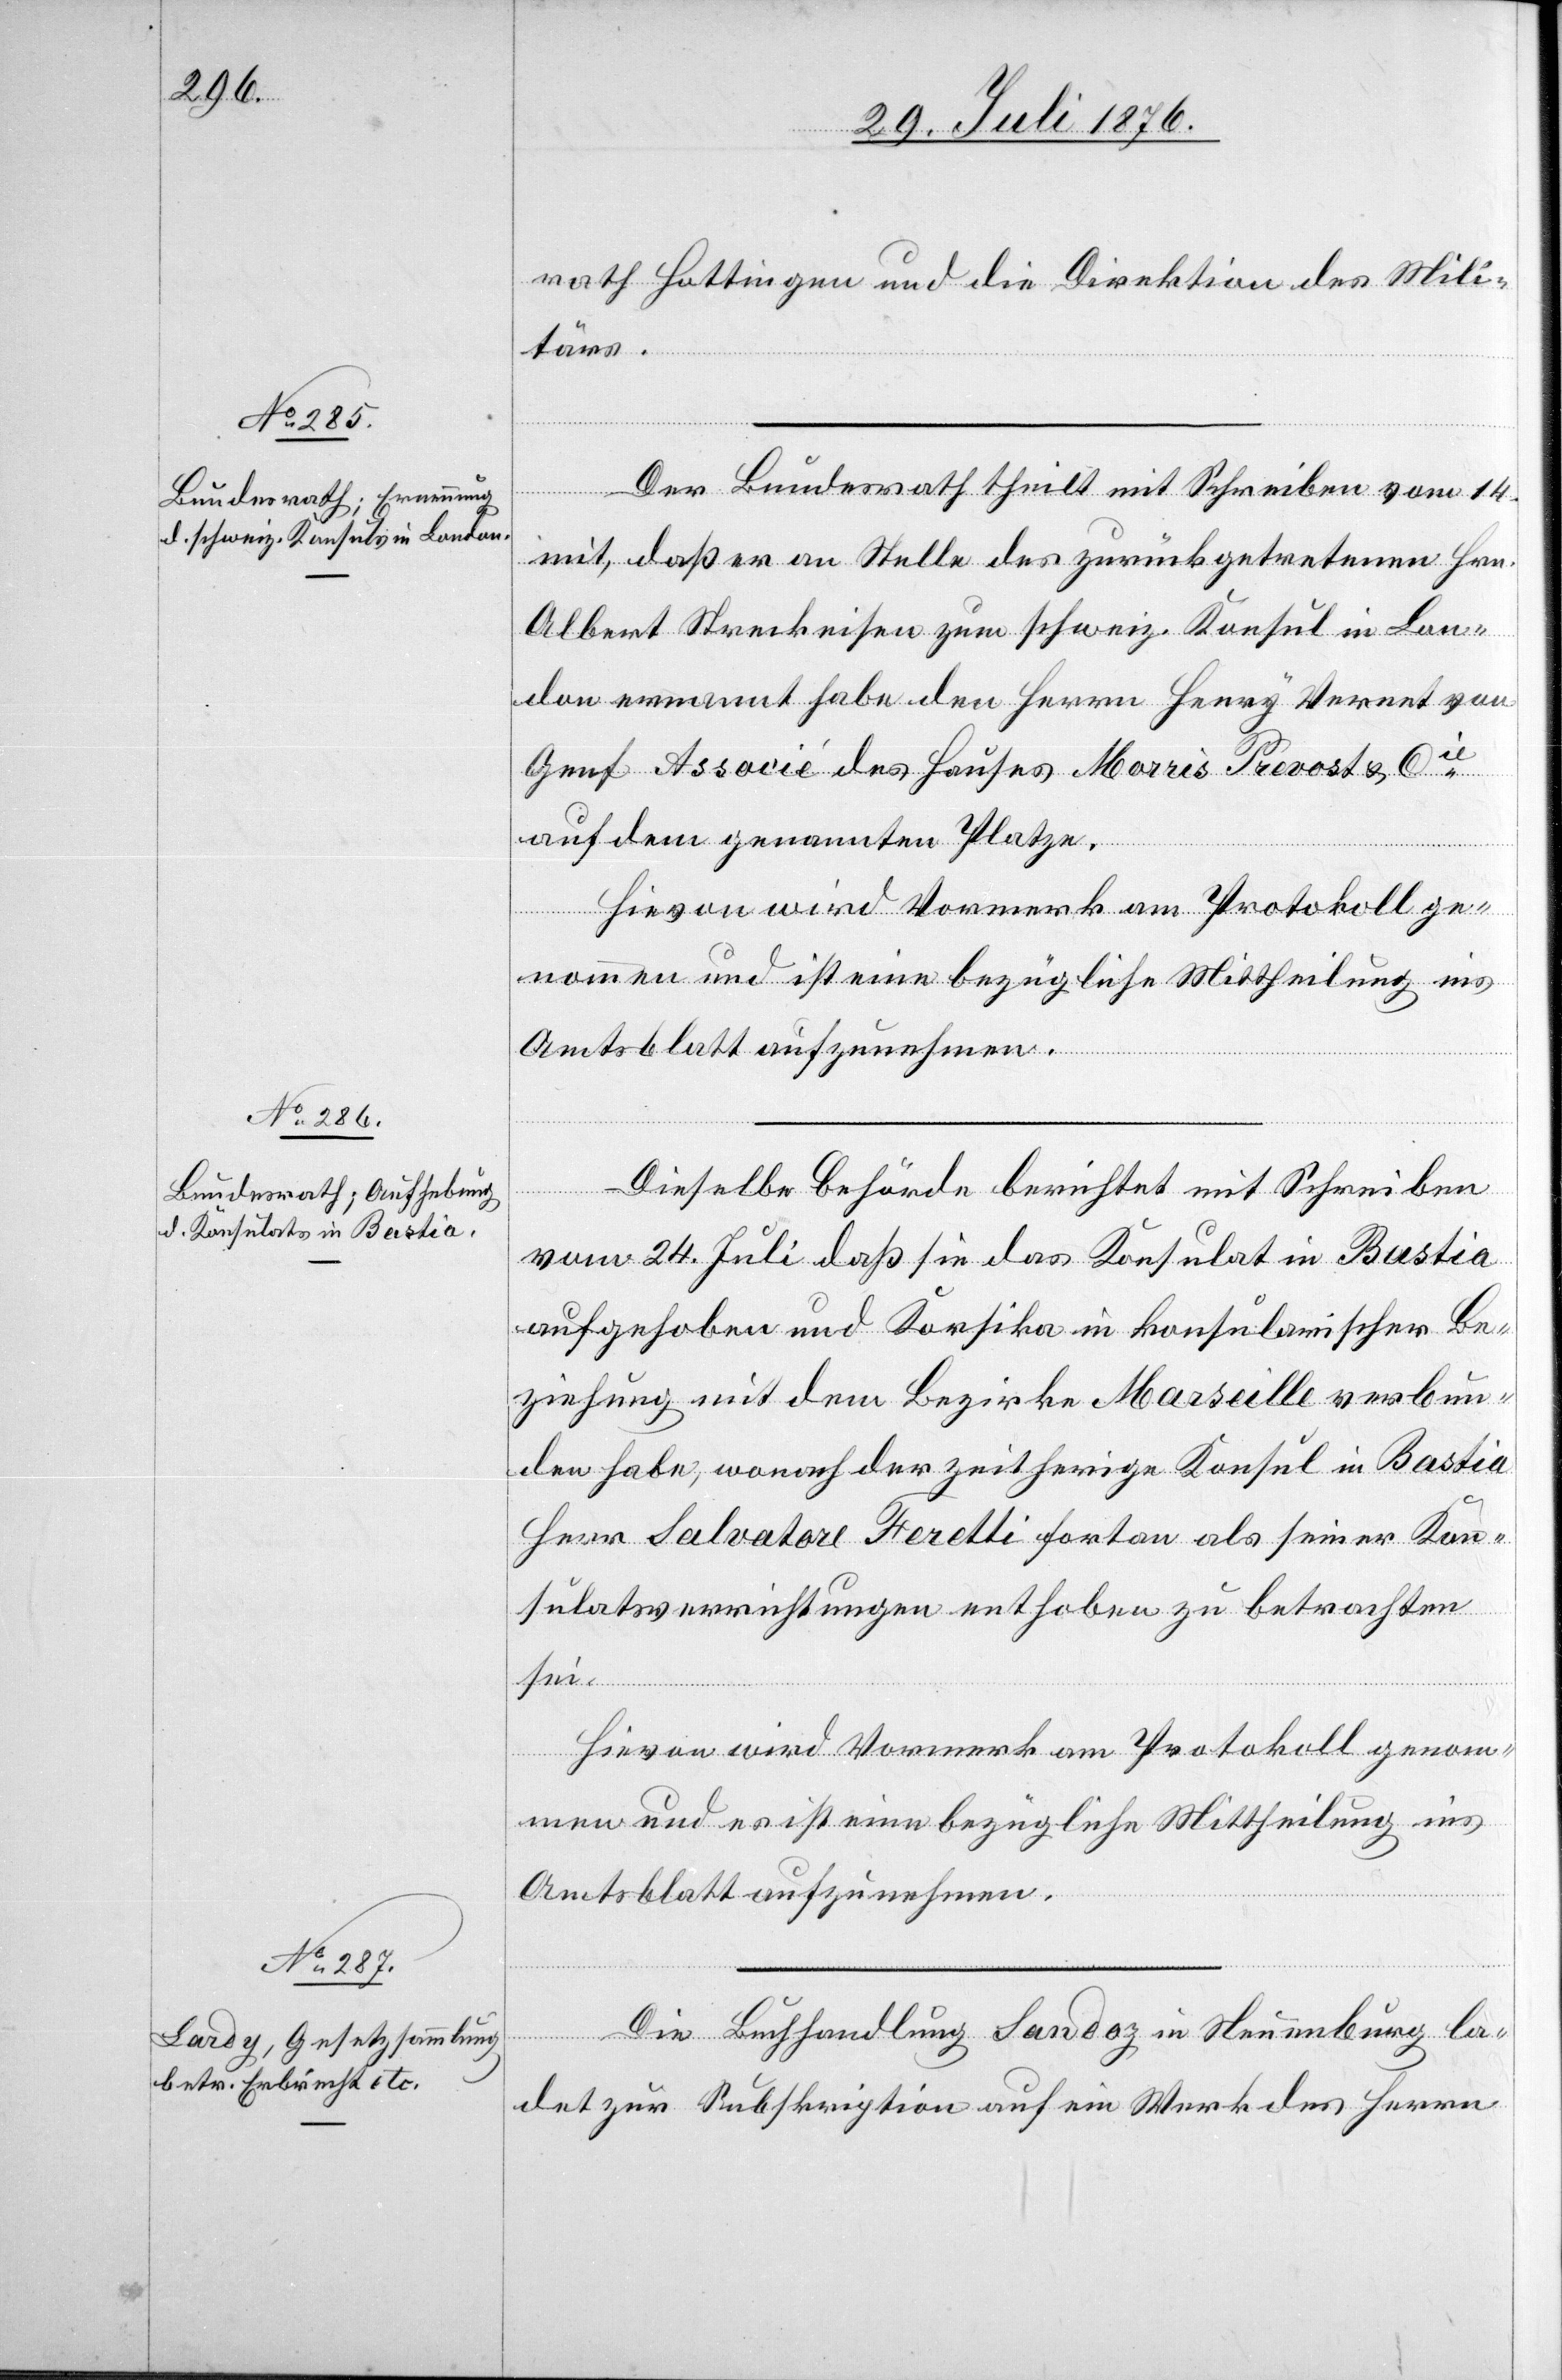
rath Hottingen und die Direktion des Mili¬
tärs.
Der Bundesrath theilt mit Schreiben vom 14.
mit, daß er an Stelle des zurückgetretenen A¬
lbert Streckeisen zum schweiz. Konsul in Lon¬
don ernennt habe den Herrn Henry Verent von
Genf Associé des Hauses Morrès Prevost & Cie
auf dem genannten Platze.
Hievon wird Vormerk am Protokoll ge¬
nommen und ist eine bezügliche Mittheilung ins
Amtsblatt aufzunehmen.
Dieselbe Behörde berichtet mit Schreiben
vom 24. Juli daß sie das Konsulat in Bastia
aufgehoben und Korsika in konsularischer Be¬
ziehung mit dem Bezirke Marseille verbun¬
den habe, wonach der zeitherige Konsul in Bastia
Herr Salvatore Feretti fortan als seiner Kon¬
sulatsverrichtungen enthoben zu betrachten
sei.
Hievon wird Vormerk am Protokoll genom¬
men und es ist eine bezügliche Mittheilung ins
Amtsblatt aufzunehmen.
Die Buchhandlung Sandoz in Neuenburg la¬
det zur Subskription auf ein Werk des Herrn